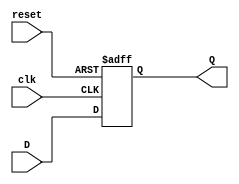
// D Fliflop with Asynchronous Reset Low
// Created by Nitheesh Kumar - Aug 03 2020

module d_flipflop_asyncrstlow (
	input D, // Data Input
	input clk, // Clock Signal
	input reset, // Asynchronous Reset Low
	output reg Q); // Data Output

always @(posedge clk or negedge reset) begin

if (reset == 1'b0) 
Q <= 1'b0;
else Q <= D;

end

endmodule